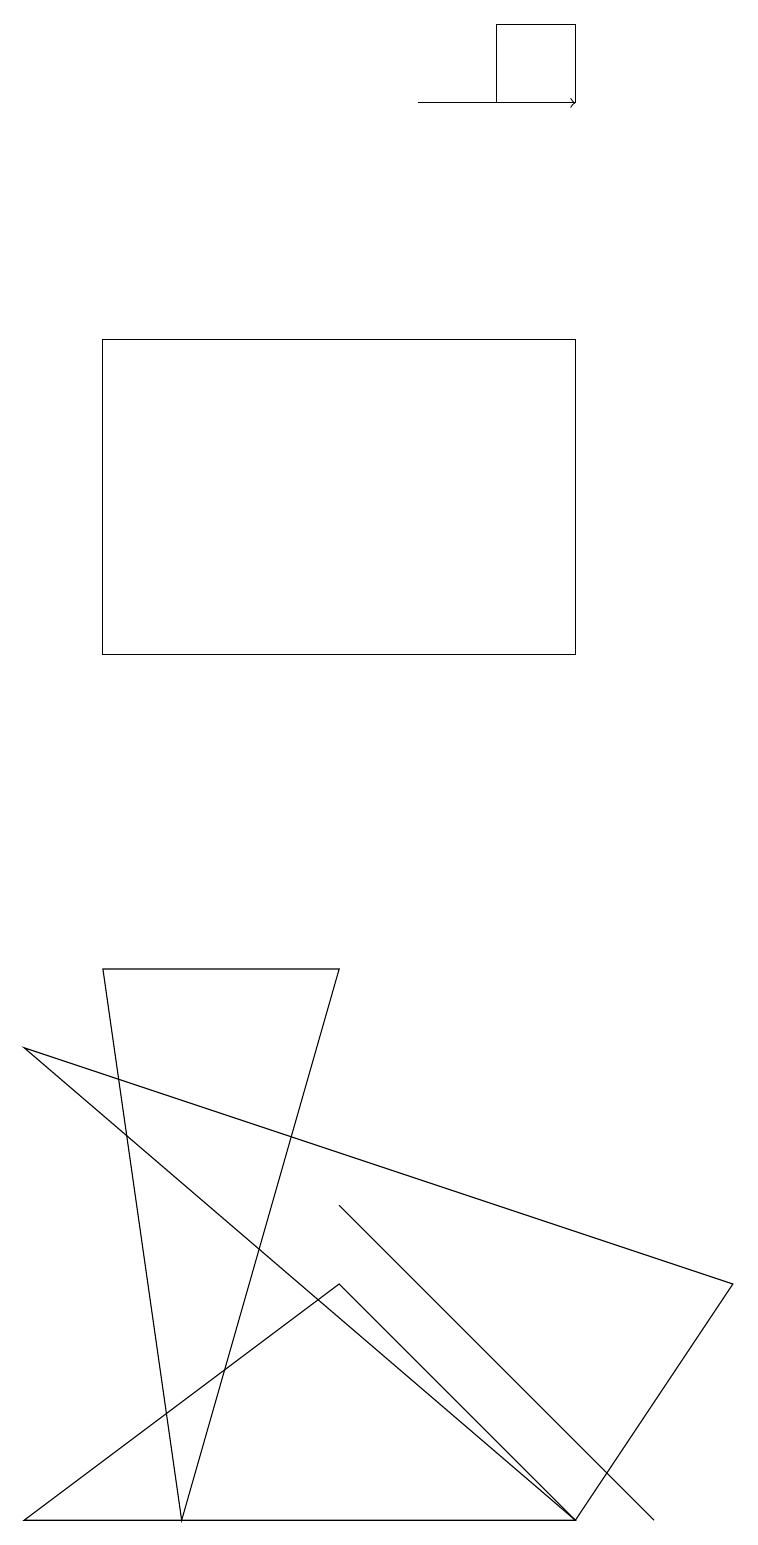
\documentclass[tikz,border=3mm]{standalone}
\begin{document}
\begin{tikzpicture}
\draw (4,7) -- (2,0) -- (1,7) -- cycle;
\draw (7,1) -- (4,4) -- (8,0) -- cycle;
\draw (1,15) rectangle (7,11);
\draw (9,3) -- (0,6) -- (7,0) -- cycle;
\draw (7,19) rectangle (6,18);
\draw (4,3) -- (7,0) -- (0,0) -- cycle;
\draw[->] (5,18) -- (7,18);
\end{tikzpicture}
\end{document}